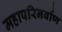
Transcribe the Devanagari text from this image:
महापरिनर्वाण